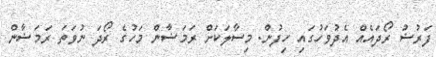
ފަރުޟު ރޯދައެއް އެދުވަހުގައި ހިފުން. މިސާލަކަށް ރަމަޟާން މަހުގެ ރޯދަ ނުވަތަ ރަމަޟާން